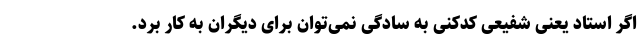
اگر استاد یعنی شفیعی کدکنی به سادگی نمی‌توان برای دیگران به کار بُرد.